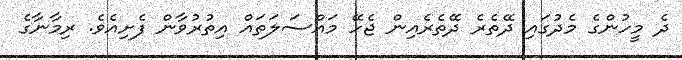
ދެ މީހުންގެ މެދުގައި ދޭތެރެ ދޭތެރެއިން ޖެހޭ މައްސަލަތައް އިތުރުވާން ފެށިއެވެ. ރިމާނާގެ